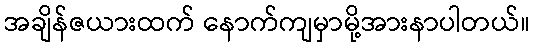
အချိန်ဇယားထက် နောက်ကျမှာမို့အားနာပါတယ်။